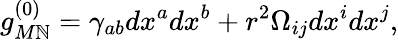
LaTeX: g_{M\mathbb{N}}^{(0)}=\gamma_{ab}dx^{a}dx^{b}+r^{2}\Omega_{ij}dx^{i}dx^{j},